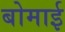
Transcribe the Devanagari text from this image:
बोमाई